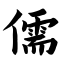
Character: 儒